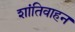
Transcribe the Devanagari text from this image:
शांतिवाहन